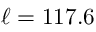
\ell = 1 1 7 . 6